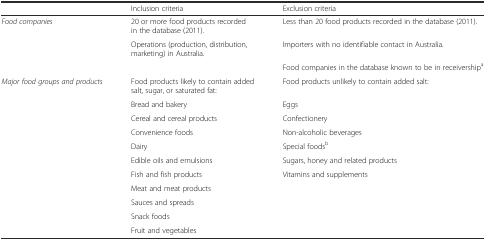
<table><thead><tr><td>[EMPTY_CELL]</td><td><b>Inclusion criteria</b></td><td><b>Exclusion criteria</b></td></tr></thead><tbody><tr><td><i>Food companies</i></td><td>20 or more food products recorded in the database (2011).</td><td>Less than 20 food products recorded in the database (2011).</td></tr><tr><td>[EMPTY_CELL]</td><td>Operations (production, distribution, marketing) in Australia.</td><td>Importers with no identifiable contact in Australia.</td></tr><tr><td>[EMPTY_CELL]</td><td>[EMPTY_CELL]</td><td>Food companies in the database known to be in receivership<sup>a</sup></td></tr><tr><td><i>Major food groups and products</i></td><td>Food products likely to contain added salt, sugar, or saturated fat:</td><td>Food products unlikely to contain added salt:</td></tr><tr><td>[EMPTY_CELL]</td><td>Bread and bakery</td><td>Eggs</td></tr><tr><td>[EMPTY_CELL]</td><td>Cereal and cereal products</td><td>Confectionery</td></tr><tr><td>[EMPTY_CELL]</td><td>Convenience foods</td><td>Non-alcoholic beverages</td></tr><tr><td>[EMPTY_CELL]</td><td>Dairy</td><td>Special foods<sup>b</sup></td></tr><tr><td>[EMPTY_CELL]</td><td>Edible oils and emulsions</td><td>Sugars, honey and related products</td></tr><tr><td>[EMPTY_CELL]</td><td>Fish and fish products</td><td>Vitamins and supplements</td></tr><tr><td>[EMPTY_CELL]</td><td>Meat and meat products</td><td>[EMPTY_CELL]</td></tr><tr><td>[EMPTY_CELL]</td><td>Sauces and spreads</td><td>[EMPTY_CELL]</td></tr><tr><td>[EMPTY_CELL]</td><td>Snack foods</td><td>[EMPTY_CELL]</td></tr><tr><td>[EMPTY_CELL]</td><td>Fruit and vegetables</td><td>[EMPTY_CELL]</td></tr></tbody></table>